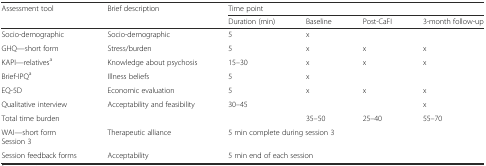
| <ROWSPAN=2> Assessment tool | <ROWSPAN=2> Brief description | <COLSPAN=4> Time point |
 | Duration (min) | Baseline | Post-CaFI | 3-month follow-up |
 | --- | --- | --- | --- | --- | --- |
 | Socio-demographic | Socio-demographic | 5 | x |  |  |
 | GHQ—short form | Stress/burden | 5 | x | x | x |
 | KAPI—relativesa | Knowledge about psychosis | 15–30 | x | x | x |
 | Brief-IPQa | Illness beliefs | 5 | x |  |  |
 | EQ-5D | Economic evaluation | 5 | x | x | x |
 | Qualitative interview | Acceptability and feasibility | 30–45 |  |  | x |
 | Total time burden |  |  | 35–50 | 25–40 | 55–70 |
 | WAI—short formSession 3 | Therapeutic alliance | <COLSPAN=4> 5 min complete during session 3 |
 | Session feedback forms | Acceptability | <COLSPAN=4> 5 min end of each session |